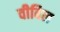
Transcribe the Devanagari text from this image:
वीविल